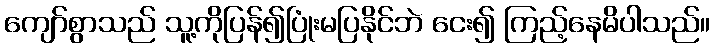
ကျော်စွာသည် သူ့ကိုပြန်၍ပြုံးမပြနိုင်ဘဲ ငေး၍ ကြည့်နေမိပါသည်။